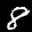
Label: 8